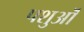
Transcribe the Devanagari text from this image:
पशुऒं